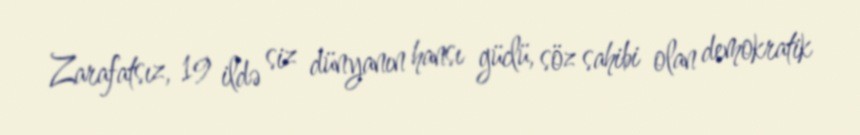
Zarafatsız, 19 ildə siz dünyanın hansı güclü, söz sahibi olan demokratik